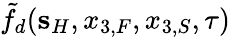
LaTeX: \tilde{f}_{d}({\mathbf s}_{H},x_{3,F},x_{3,S},\tau)